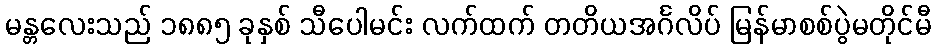
မန္တလေးသည် ၁၈၈၅ ခုနှစ် သီပေါမင်း လက်ထက် တတိယအင်္ဂလိပ် မြန်မာစစ်ပွဲမတိုင်မီ